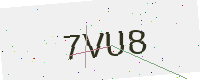
Text: 7VU8